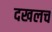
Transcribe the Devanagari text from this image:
दखलच